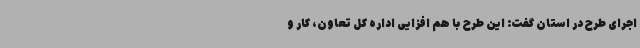
اجرای طرح در استان گفت: این طرح با هم افزایی اداره کل تعاون، کار و